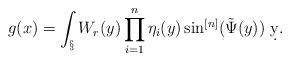
LaTeX: \begin{align*}g(x) = \int_\S W_r(y)\prod_{i=1}^n\eta_i(y)\sin^{[n]}(\tilde \Psi(y))\ \d y.\end{align*}